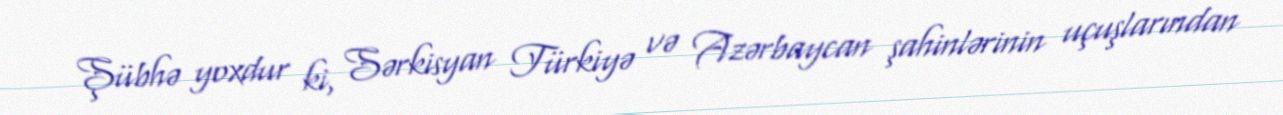
Şübhə yoxdur ki, Sərkisyan Türkiyə və Azərbaycan şahinlərinin uçuşlarından